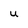
Character: U